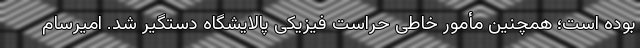
بوده است؛ همچنین مأمور خاطی حراست فیزیکی پالایشگاه دستگیر شد. ‌امیرسام